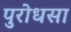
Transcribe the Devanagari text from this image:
पुरोधसा